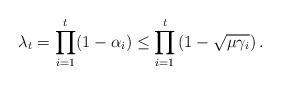
LaTeX: \begin{align*}\lambda_t=\prod_{i=1}^{t}(1-\alpha_i)\leq\prod_{i=1}^{t}\left(1-\sqrt{\mu\gamma_i}\right).\end{align*}